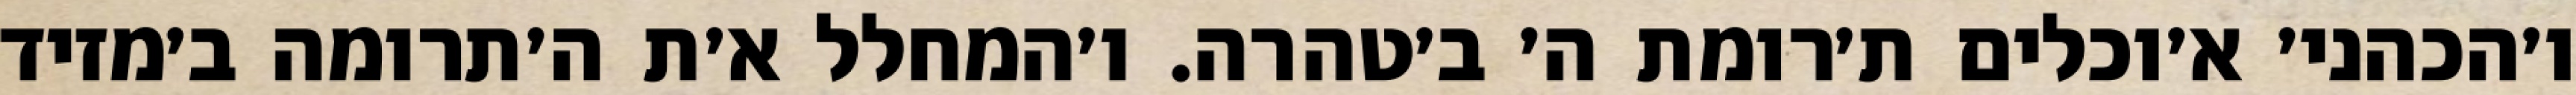
ו׳הכהני׳ א׳וכלים ת׳רומת ה׳ ב׳טהרה. ו׳המחלל א׳ת ה׳תרומה ב׳מזיד